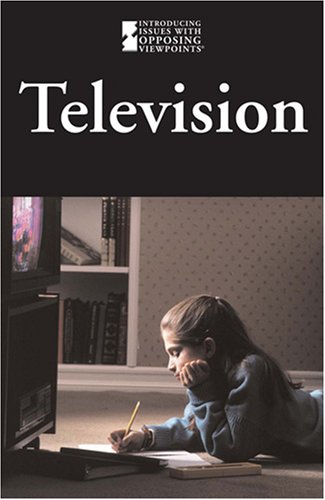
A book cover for Television (Introducing Issues With Opposing Viewpoints); Emma Bernay; Teen & Young Adult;